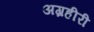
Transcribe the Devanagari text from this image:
अग्रहीरी